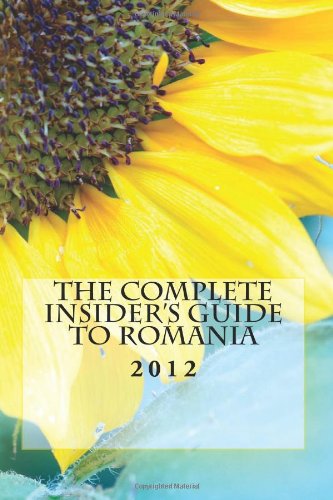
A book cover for The Complete Insider's Guide to Romania: 2012; Sam R.; Travel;